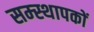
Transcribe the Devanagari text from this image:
सम्स्थापकों